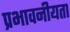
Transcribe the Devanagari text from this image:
प्रभावनीयता